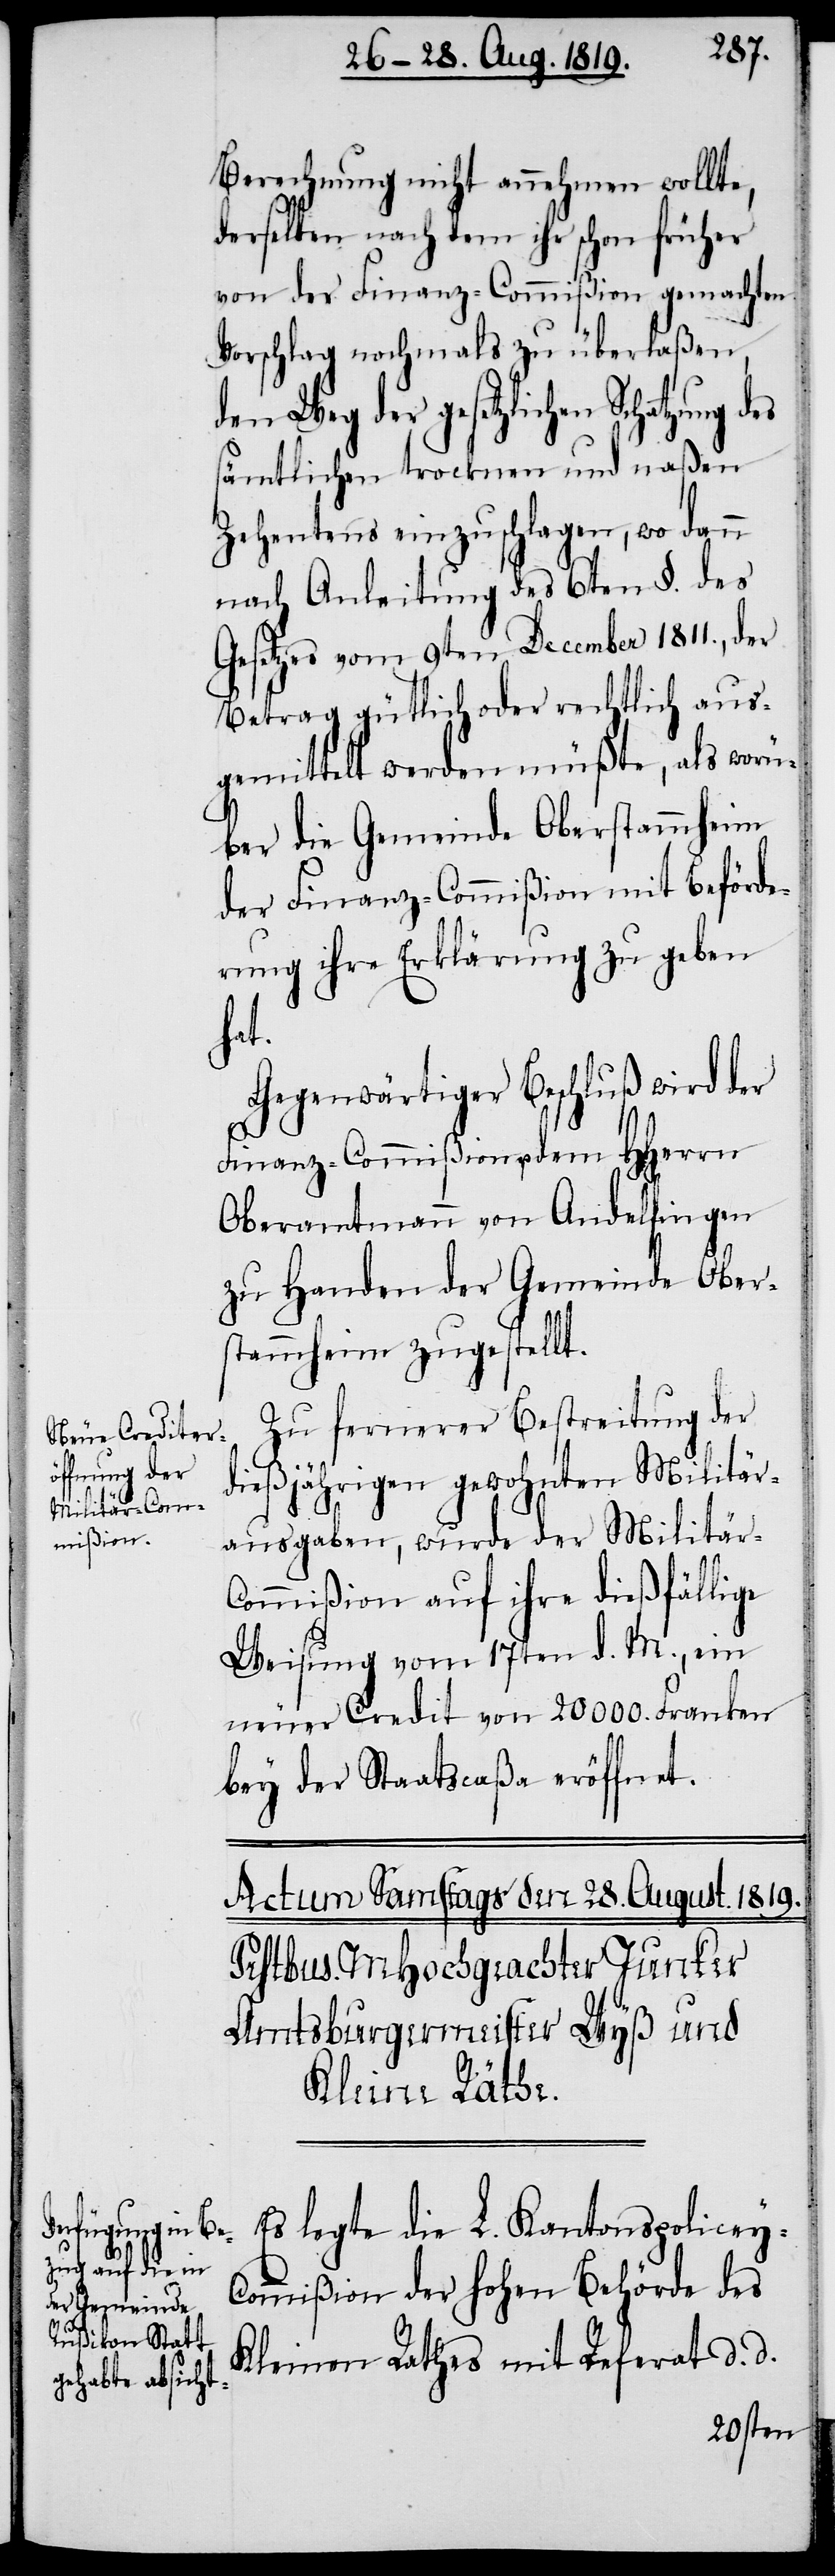
Berechnung nicht annehmen wollte,
derselben nach dem ihr schon früher
von der Finanz-Commißion gemachten
Vorschlag nochmals zu überlaßen,
den Weg der gesetzlichen Schatzung
sämtlichen trocknen und naßen
Zehentens einzuschlagen, wo dann
nach Anleitung des 6ten §. des
Gesetzes vom 9ten December 1811., der
Betrag gütlich oder rechtlich aus¬
gemittelt werden müßte, als worü¬
ber die Gemeinde Oberstammheim
der Finanz-Commißion mit Beförde¬
rung ihre Erklärung zu geben
hat.
Gegenwärtiger Beschluß wird der
Finanz-Commißion u. dem HHerrn
Oberamtmann von Andelfingen
zu Handen der Gemeinde Ober¬
stammheim zugestellt.
Zu fernerer Bestreitung der
dießjährigen gewohnten Militär¬
ausgaben, wurde der Militär-C¬
ommißion auf ihre dießfällige
Weisung vom 17ten d. M., ein
neuer Credit von 20000. Franken
bey der Staatscaßa eröffnet.
Es legte die L. Kantonspolicey-C¬
ommißion der hohen Behörde des
Kleinen Rathes mit Referat d. d.